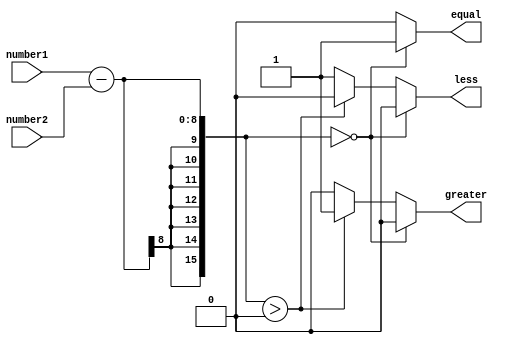
module fixed_point_comparator (
    input [7:0] number1,
    input [7:0] number2,
    output reg equal,
    output reg greater,
    output reg less
);

reg [15:0] diff;

always @ (number1 or number2) begin
    diff = number1 - number2;
    
    if(diff == 8'h00) begin
        equal = 1;
        greater = 0;
        less = 0;
    end else if(diff > 8'h00) begin
        equal = 0;
        greater = 1;
        less = 0;
    end else begin
        equal = 0;
        greater = 0;
        less = 1;
    end
end

endmodule